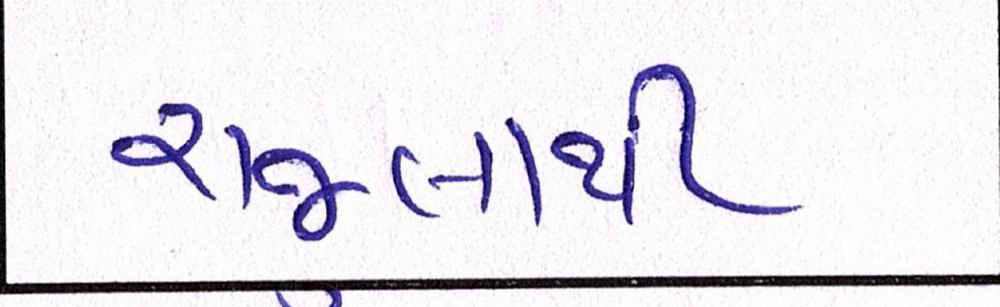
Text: રાજુલાથી